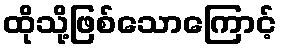
ထိုသို့ဖြစ်သောကြောင့်